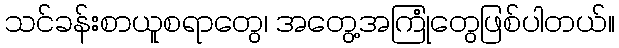
သင်ခန်းစာယူစရာတွေ၊ အတွေ့အကြုံတွေဖြစ်ပါတယ်။